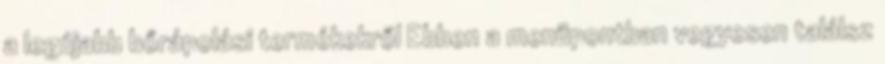
a legújabb bőrápolási termékekről Ebben a menüpontban vegyesen találsz